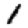
Digit: 1